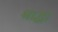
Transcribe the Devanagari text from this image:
श्राद्धा